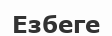
Езбеге